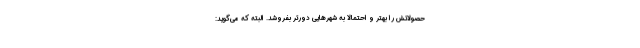
حصولاتش را بهتر و احتمالاً به شهرهایی دورتر بفروشد. البته که می‌گوید: